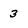
Character: 3